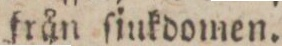
från ſjukdomen.